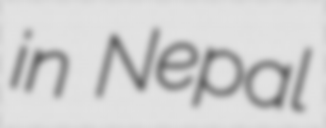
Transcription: in Nepal